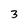
Character: 3